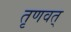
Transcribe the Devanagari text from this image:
तृणवत्